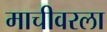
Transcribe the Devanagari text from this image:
माचीवरला